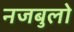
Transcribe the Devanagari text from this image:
नजबुलो